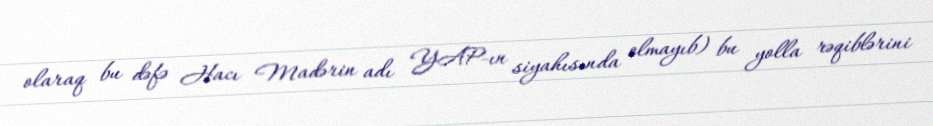
olaraq bu dəfə Hacı Madərin adı YAP-ın siyahısında olmayıb) bu yolla rəqiblərini